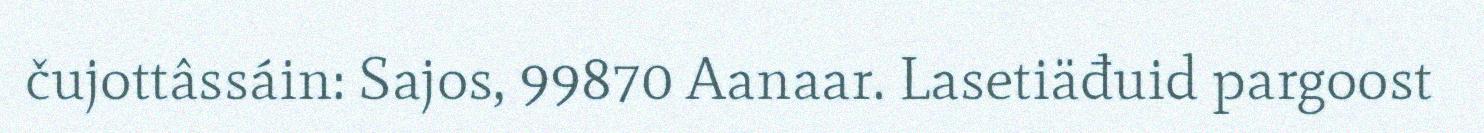
čujottâssáin: Sajos, 99870 Aanaar. Lasetiäđuid pargoost